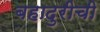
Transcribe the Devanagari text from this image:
बहादुरीची